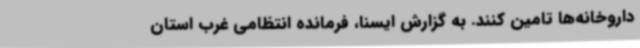
داروخانه‌ها تامین کنند. به گزارش ایسنا، فرمانده انتظامی غرب استان